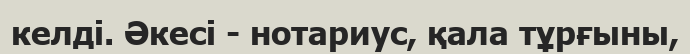
келді. Әкесі - нотариус, қала тұрғыны,